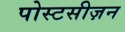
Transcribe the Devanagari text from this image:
पोस्टसीज़न